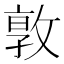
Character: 𭣾